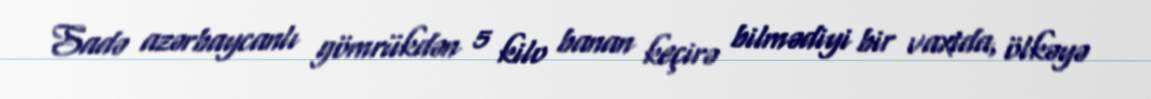
Sadə azərbaycanlı gömrükdən 5 kilo banan keçirə bilmədiyi bir vaxtda, ölkəyə